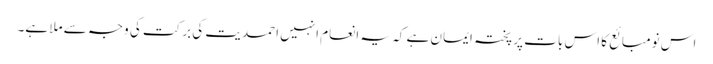
اس نومبائع کا اس بات پر پختہ ایمان ہے کہ یہ انعام انہیں احمدیت کی برکت کی وجہ سے ملا ہے۔